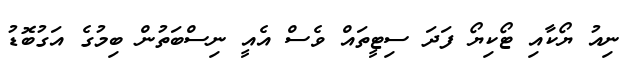
ނިއު ޔޯކާއި ޓޯކިޔޯ ފަދަ ސިޓީތައް ވެސް އެއީ ނިސްބަތުން ބިމުގެ އަގުބޮޑު